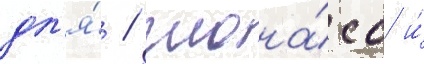
дл'я́ / глона́сс и́